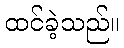
ထင်ခဲ့သည်။